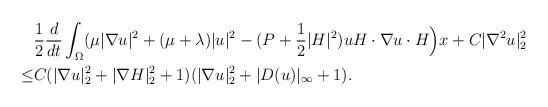
LaTeX: \begin{align*}&\frac{1}{2} \frac{d}{dt}\int_{\Omega}(\mu|\nabla u|^2+(\mu+\lambda)|u|^2-(P+\frac{1}{2}|H|^2) u H\cdot \nabla u\cdot H\Big)x+C|\nabla^2 u|^2_2\\\leq &C(|\nabla u|^2_2+|\nabla H|^2_2+1)(|\nabla u|^2_2+|D(u)|_\infty+1).\end{align*}